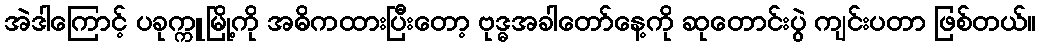
အဲဒါကြောင့် ပခုက္ကူမြို့ကို အဓိကထားပြီးတော့ ဗုဒ္ဓအခါတော်နေ့ကို ဆုတောင်းပွဲ ကျင်းပတာ ဖြစ်တယ်။